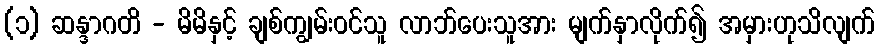
(၁) ဆန္ဒာဂတိ - မိမိနှင့် ချစ်ကျွမ်းဝင်သူ လာဘ်ပေးသူအား မျက်နှာလိုက်၍ အမှားဟုသိလျက်